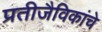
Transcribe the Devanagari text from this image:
प्रतीजैविकांचे